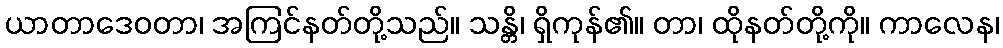
ယာတာဒေဝတာ၊ အကြင်နတ်တို့သည်။ သန္တိ၊ ရှိကုန်၏။ တာ၊ ထိုနတ်တို့ကို။ ကာလေန၊